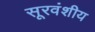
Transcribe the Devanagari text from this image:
सूरवंशीय